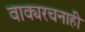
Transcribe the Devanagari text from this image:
वाक्यरचनाही